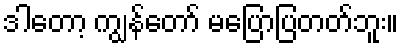
ဒါတော့ ကျွန်တော် မပြောပြတတ်ဘူး။